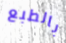
بالطبع